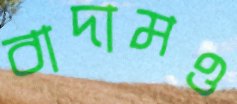
বাদামও